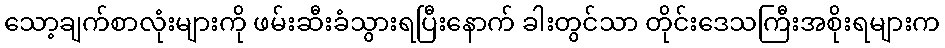
သော့ချက်စာလုံးများကို ဖမ်းဆီးခံသွားရပြီးနောက် ခါးတွင်သာ တိုင်းဒေသကြီးအစိုးရများက